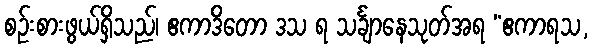
စဉ်းစားဖွယ်ရှိသည်၊ ဧကာဒိတော ဒသ ရ သင်္ချာနေသုတ်အရ “ဧကာရသ,